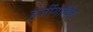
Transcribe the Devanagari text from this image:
हर्जीगाविना